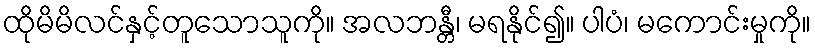
ထိုမိမိလင်နှင့်တူသောသူကို။ အလဘန္တီ၊ မရနိုင်၍။ ပါပံ၊ မကောင်းမှုကို။